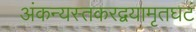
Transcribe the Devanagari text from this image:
अंकन्यस्तकरद्वयामृतघटं